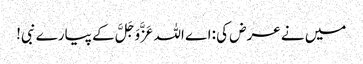
میں نے عرض کی :اے اللہ عَزَّوَجَلَّ کے پیارے نبی!